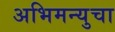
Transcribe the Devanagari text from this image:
अभिमन्युचा